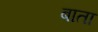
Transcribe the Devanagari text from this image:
बाता